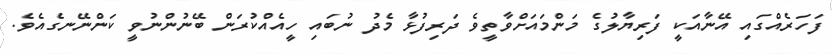
ފަހަރެއްގައި އޭނާއަކީ ފަރިޔާލުގެ މަންމައަށްވާތީވެ ދަރިފުޅާ މެދު ނުބައި ހީއެއްކުރަން ބޭނުންނުވީ ކަންނޭނގެއެވެ.